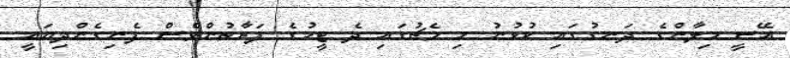
އޭސީ މިލާންގެ ދަނޑުގައި ކުޅުނު މި މެޗުގައި ދެ ޓީމުގެ ފަރާތުންވެސް ފެނިގެންދިޔައީ